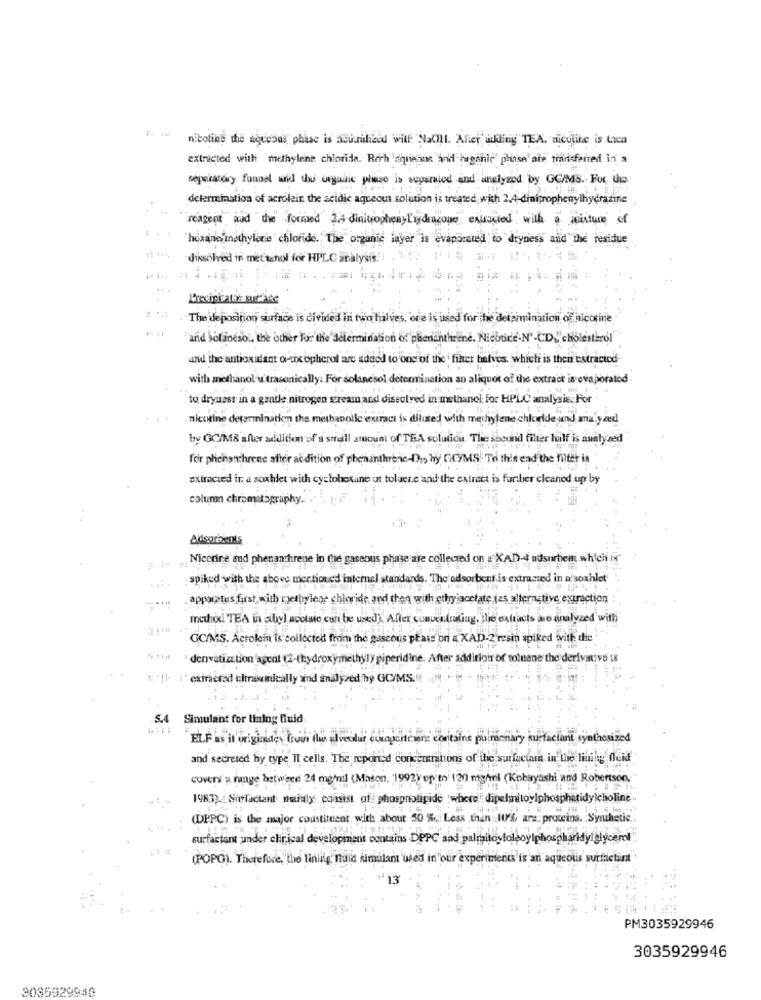
nibotins the aqueous phase is acuralized will Natill. After adding TEA, micolike is tica
extricted with methylene chloride. Rich 'squeins And hegchic" phase'ate transferred in a
separatory fonoal and the organic wine is separated and analyzed by GC/MS. For the
determination of acrolein the acidic aqueous solution is treated with 2.4-diniprophesy ihydrazine
reagent and the formed Zi dinitrophenylydrazone expected with a mixture of
horarios methylone chloride. The organic layer is evaporated to dryness and the resistue
diksolved in metanol for HPLC analysis!i
Precipitation surface
The deposition surface is divided in two halves, ore is used for the determination of nicotine
"ard Solanesol, the other For the'determination of phenanthrene. Nicboire.N' -CD " cholesterol'
and the antioxidant orcox oplerol are added to one of the ' filter balves, which is their extracicd-
with methanol-u trasonically: For solanesol determination an aliquot of the extract is evaporated
to dryness in a gentle nitrogen stream acd dissolved in methanol for HPLC analysis. For
nicotine determinatiem the methanoile extract is diluted with methylene chloride und analyzed
by GC/MS after addition of a small amount of TEA solution. The second filter hilf is analy sed
for phenanchrene after at dition of phenanthrene-Di hy GC/MS. To this end the filter is
extracted ir a soxhlet with cyclohexane us toluere and the extract is further cleaned up by
coluna chromatography ... ..
Nicerire and phenanchrene in the gaseous phase are collected on & XAD-d adsurbeni which is"
spiked with the above mentioned internel standards. The' adsorbent is extracted in a soxhlet
apparatus first with rethylene chloride, and then with ethylacetate des alternative extraction
method TEA ins abyl acotate can be used). After cumu
the extracis ao analyzed with
GC/MS. Acrolem is collected from the gascous plass on a XAD-2 resin spiked with die
denvatiation 'agent (2-thydroxymethyly piperidine. After addition of toluene the derivative is
1: '[1- 1'exiracrad ichtrainically and analyzed by GC/MS.
5.4
Simulant for lining fluid
. : :
ELF as it originides trous de
The alvedur comportement contains pulmonary surfactant synthesized
and secreted hy type II cells. The reported concentrations of the surfuctar in bre mining deid
covers a range between 24 mg/ml (Mason, 1992) of to 120 mgAni (Kobayashi and Robertson,
1983). : Sirfactant while consist of phospholipide :where " dipelinitoylphosphatidylcholine.
(DPPC) is the major coustituent, with about 50 % Less than 1%, are: proteins. Synthetic ..
surfactant under clinical development contains DePC and pal
hospharkdy glycerol
(POPO). Therefore, the lining huid simulant used in"our experiments is an aqueous surfactis
PM3035929946
3035929946
3035929949